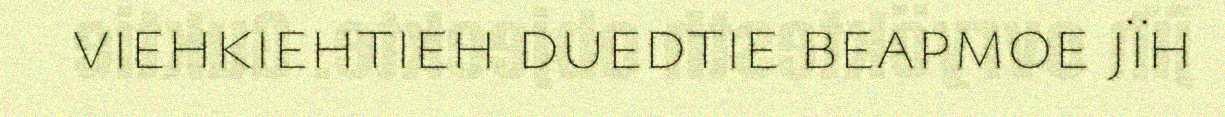
viehkiehtieh duedtie beapmoe jïh